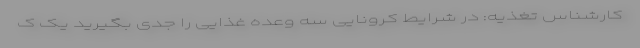
کارشناس تغذیه: در شرایط کرونایی سه وعده‌ غذایی را جدی بگیرید یک ک